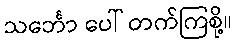
သင်္ဘော ပေါ် တက်ကြစို့။